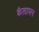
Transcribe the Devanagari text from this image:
कैलाघन